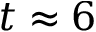
t \approx 6